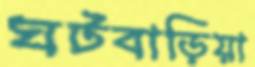
ঘটবাড়িয়া